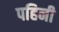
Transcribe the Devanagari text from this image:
पहिनी